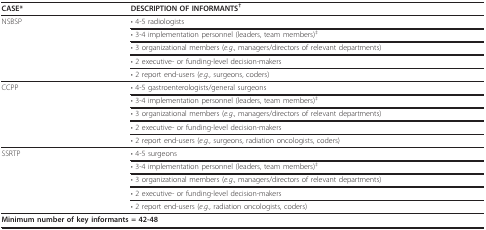
<table><thead><tr><td><b>CASE*</b></td><td><b>DESCRIPTION OF INFORMANTS<sup>†</sup></b></td></tr></thead><tbody><tr><td>NSBSP</td><td>• 4-5 radiologists</td></tr><tr><td></td><td>• 3-4 implementation personnel (leaders, team members)<sup>‡</sup></td></tr><tr><td></td><td>• 3 organizational members (<i>e.g</i>., managers/directors of relevant departments)</td></tr><tr><td></td><td>• 2 executive- or funding-level decision-makers</td></tr><tr><td></td><td>• 2 report end-users (<i>e.g</i>., surgeons, coders)</td></tr><tr><td>CCPP</td><td>• 4-5 gastroenterologists/general surgeons</td></tr><tr><td></td><td>• 3-4 implementation personnel (leaders, team members)<sup>‡</sup></td></tr><tr><td></td><td>• 3 organizational members (<i>e.g</i>., managers/directors of relevant departments)</td></tr><tr><td></td><td>• 2 executive- or funding-level decision-makers</td></tr><tr><td></td><td>• 2 report end-users (<i>e.g</i>., surgeons, radiation oncologists, coders)</td></tr><tr><td>SSRTP</td><td>• 4-5 surgeons</td></tr><tr><td></td><td>• 3-4 implementation personnel (leaders, team members)<sup>‡</sup></td></tr><tr><td></td><td>• 3 organizational members (<i>e.g</i>., managers/directors of relevant departments)</td></tr><tr><td></td><td>• 2 executive- or funding-level decision-makers</td></tr><tr><td></td><td>• 2 report end-users (<i>e.g</i>., radiation oncologists, coders)</td></tr><tr><td colspan="2"><b>Minimum number of key informants = 42-48</b></td></tr></tbody></table>